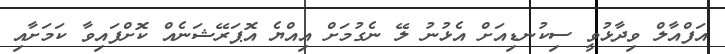
އަފްއާލް ވިދާޅުވީ ސިކުނޑިއަށް އެޅުނު ލޭ ނެގުމަށް އިއްޔެ އޮޕަރޭޝަނެއް ކޮށްފައިވާ ކަމަށާއި